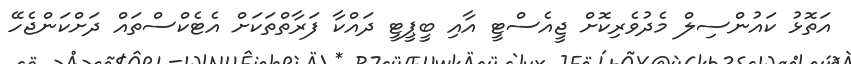
އަތޮޅު ކައުންސިލް މެދުވެރިކޮށް ޖީއެސްޓީ އާއި ބީޕީޓީ ދައްކާ ފަރާތްތަކަށް އެޓެކްސްތައް ދަށްކަންޖެހޭ